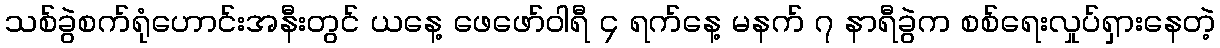
သစ်ခွဲစက်ရုံဟောင်းအနီးတွင် ယနေ့ ဖေဖော်ဝါရီ ၄ ရက်နေ့ မနက် ၇ နာရီခွဲက စစ်ရေးလှုပ်ရှားနေတဲ့